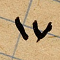
١٧